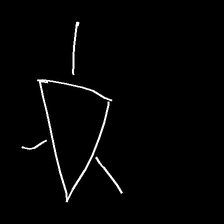
Glyph: fire